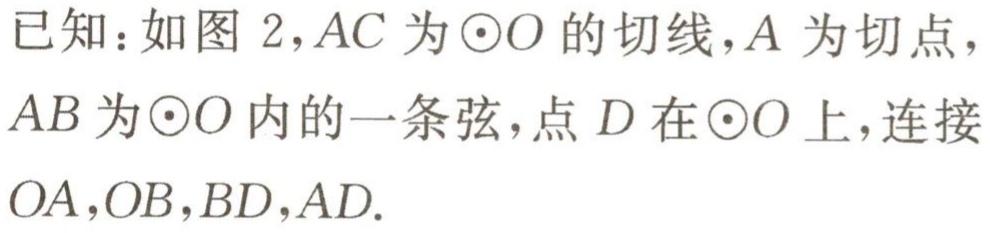
已知：如图 2，$AC$为$\odot O$的切线，$A$为切点，$AB$为$\odot O$内的一条弦，点$D$在$\odot O$上，连接$OA,OB,BD,AD.$